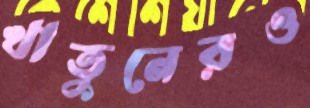
খাতুনেরও